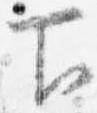
下